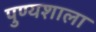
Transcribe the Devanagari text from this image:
पुण्यशाला